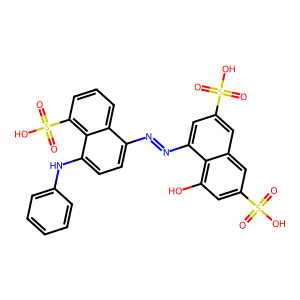
SMILES: O=S(=O)(O)c1cc(O)c2c(N=Nc3ccc(Nc4ccccc4)c4c(S(=O)(=O)O)cccc34)cc(S(=O)(=O)O)cc2c1
Inhibits HIV replication: Yes